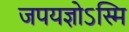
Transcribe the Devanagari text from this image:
जपयज्ञोऽस्मि